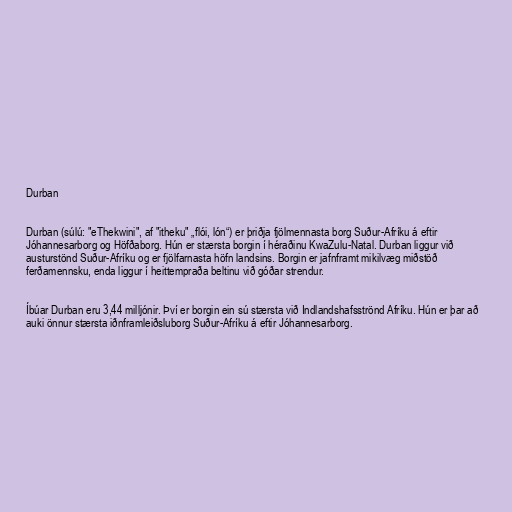
Durban

Durban (súlú: "eThekwini", af "itheku" „flói, lón“) er þriðja fjölmennasta borg Suður-Afríku á eftir
Jóhannesarborg og Höfðaborg. Hún er stærsta borgin í héraðinu KwaZulu-Natal. Durban liggur við
austurstönd Suður-Afríku og er fjölfarnasta höfn landsins. Borgin er jafnframt mikilvæg miðstöð
ferðamennsku, enda liggur í heittempraða beltinu við góðar strendur.

Íbúar Durban eru 3,44 milljónir. Því er borgin ein sú stærsta við Indlandshafsströnd Afríku. Hún er þar að
auki önnur stærsta iðnframleiðsluborg Suður-Afríku á eftir Jóhannesarborg.